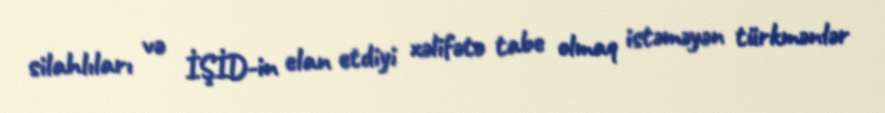
silahlıları və İŞİD-in elan etdiyi xəlifətə tabe olmaq istəməyən türkmənlər